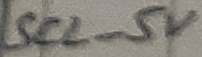
Text: SCL_5V